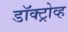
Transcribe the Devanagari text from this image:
डॉक्ट्रोव्ह